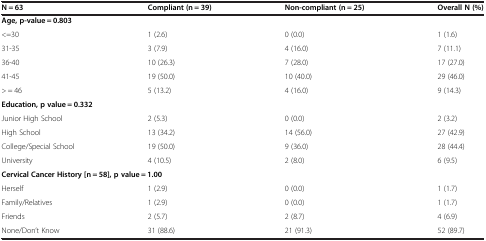
<table><thead><tr><td><b>N = 63</b></td><td><b>Compliant (n = 39)</b></td><td><b>Non-compliant (n = 25)</b></td><td><b>Overall N (%)</b></td></tr></thead><tbody><tr><td colspan="4"><b>Age, p-value = 0.803</b></td></tr><tr><td>&lt;=30</td><td>1 (2.6)</td><td>0 (0.0)</td><td>1 (1.6)</td></tr><tr><td>31-35</td><td>3 (7.9)</td><td>4 (16.0)</td><td>7 (11.1)</td></tr><tr><td>36-40</td><td>10 (26.3)</td><td>7 (28.0)</td><td>17 (27.0)</td></tr><tr><td>41-45</td><td>19 (50.0)</td><td>10 (40.0)</td><td>29 (46.0)</td></tr><tr><td>&gt; = 46</td><td>5 (13.2)</td><td>4 (16.0)</td><td>9 (14.3)</td></tr><tr><td colspan="4"><b>Education, p value = 0.332</b></td></tr><tr><td>Junior High School</td><td>2 (5.3)</td><td>0 (0.0)</td><td>2 (3.2)</td></tr><tr><td>High School</td><td>13 (34.2)</td><td>14 (56.0)</td><td>27 (42.9)</td></tr><tr><td>College/Special School</td><td>19 (50.0)</td><td>9 (36.0)</td><td>28 (44.4)</td></tr><tr><td>University</td><td>4 (10.5)</td><td>2 (8.0)</td><td>6 (9.5)</td></tr><tr><td colspan="4"><b>Cervical Cancer History [n = 58], p value = 1.00</b></td></tr><tr><td>Herself</td><td>1 (2.9)</td><td>0 (0.0)</td><td>1 (1.7)</td></tr><tr><td>Family/Relatives</td><td>1 (2.9)</td><td>0 (0.0)</td><td>1 (1.7)</td></tr><tr><td>Friends</td><td>2 (5.7)</td><td>2 (8.7)</td><td>4 (6.9)</td></tr><tr><td>None/Don’t Know</td><td>31 (88.6)</td><td>21 (91.3)</td><td>52 (89.7)</td></tr></tbody></table>